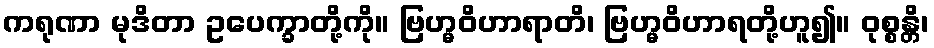
ကရုဏာ မုဒိတာ ဥပေက္ခာတို့ကို။ ဗြဟ္မဝိဟာရာတိ၊ ဗြဟ္မဝိဟာရတို့ဟူ၍။ ဝုစ္စန္တိ၊